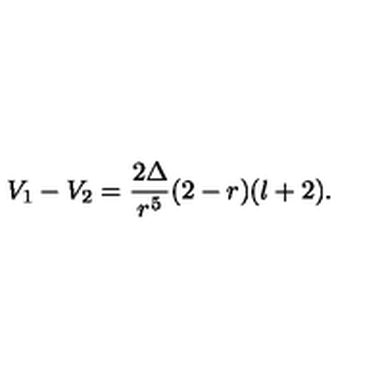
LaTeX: V _ { 1 } - V _ { 2 } = \frac { 2 \Delta } { r ^ { 5 } } ( 2 - r ) ( l + 2 ) .